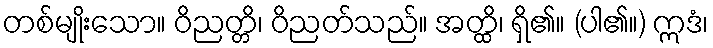
တစ်မျိုးသော။ ဝိညတ္တိ၊ ဝိညတ်သည်။ အတ္ထိ၊ ရှိ၏။ (ပါ၏။) ဣဒံ၊